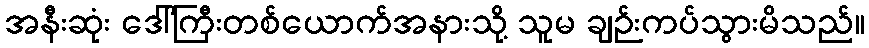
အနီးဆုံး ဒေါ်ကြီးတစ်ယောက်အနားသို့ သူမ ချဉ်းကပ်သွားမိသည်။